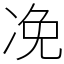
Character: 凂